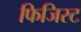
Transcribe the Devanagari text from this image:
फिजिस्ट